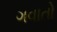
ગવાતો